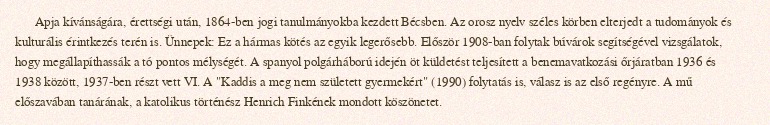
Apja kívánságára, érettségi után, 1864-ben jogi tanulmányokba kezdett Bécsben. Az orosz nyelv széles körben elterjedt a tudományok és kulturális érintkezés terén is. Ünnepek: Ez a hármas kötés az egyik legerősebb. Először 1908-ban folytak búvárok segítségével vizsgálatok, hogy megállapíthassák a tó pontos mélységét. A spanyol polgárháború idején öt küldetést teljesített a benemavatkozási őrjáratban 1936 és 1938 között, 1937-ben részt vett VI. A "Kaddis a meg nem született gyermekért" (1990) folytatás is, válasz is az első regényre. A mű előszavában tanárának, a katolikus történész Henrich Finkének mondott köszönetet.